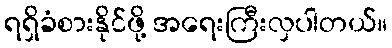
ရရှိခံစားနိုင်ဖို့ အရေးကြီးလှပါတယ်။